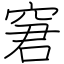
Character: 窘